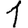
Digit: 1